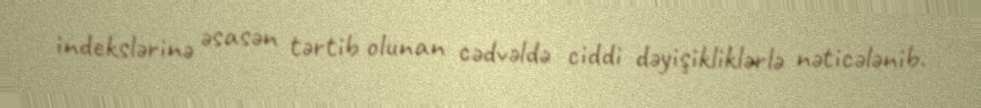
indekslərinə əsasən tərtib olunan cədvəldə ciddi dəyişikliklərlə nəticələnib.